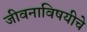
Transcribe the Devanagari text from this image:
जीवनाविषयीचे